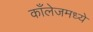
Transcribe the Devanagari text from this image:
काँलेजमध्ये